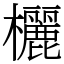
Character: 欐